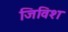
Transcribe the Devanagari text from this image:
जिविश